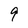
Character: 9